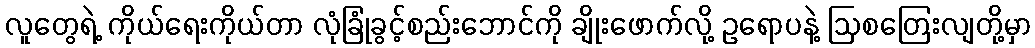
လူတွေရဲ့ ကိုယ်ရေးကိုယ်တာ လုံခြုံခွင့်စည်းဘောင်ကို ချိုးဖောက်လို့ ဥရောပနဲ့ ဩစတြေးလျတို့မှာ